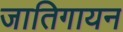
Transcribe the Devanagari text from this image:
जातिगायन